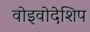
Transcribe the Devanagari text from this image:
वोइवोदेशिप